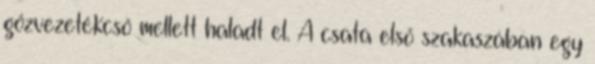
gőzvezetékcső mellett haladt el. A csata első szakaszában egy